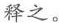
释之。